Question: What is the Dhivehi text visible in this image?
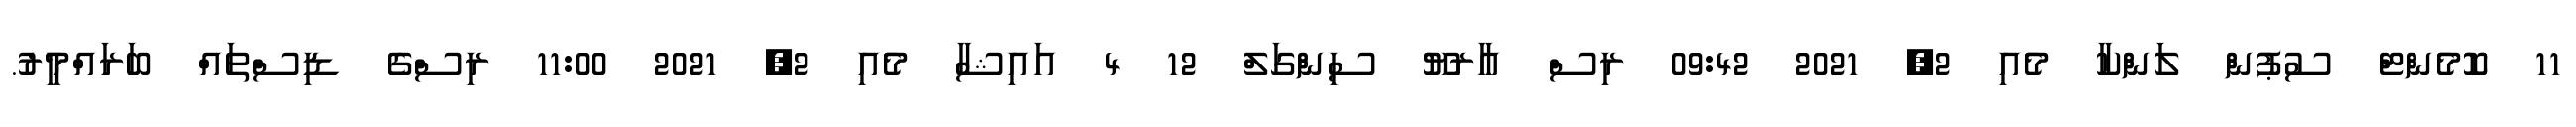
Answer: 11 ކޮމެންޓް ސުޕުން ލަންކާ މެއި 2, 2021 09:42 ރިސް އާރޔޫ ސިންގަލް 12 4 އައިޝާ މެއި 2, 2021 11:00 ރިސްގެ ޑިސްތައް ބަރައްމީރު.